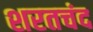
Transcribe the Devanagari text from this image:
शरतचंद